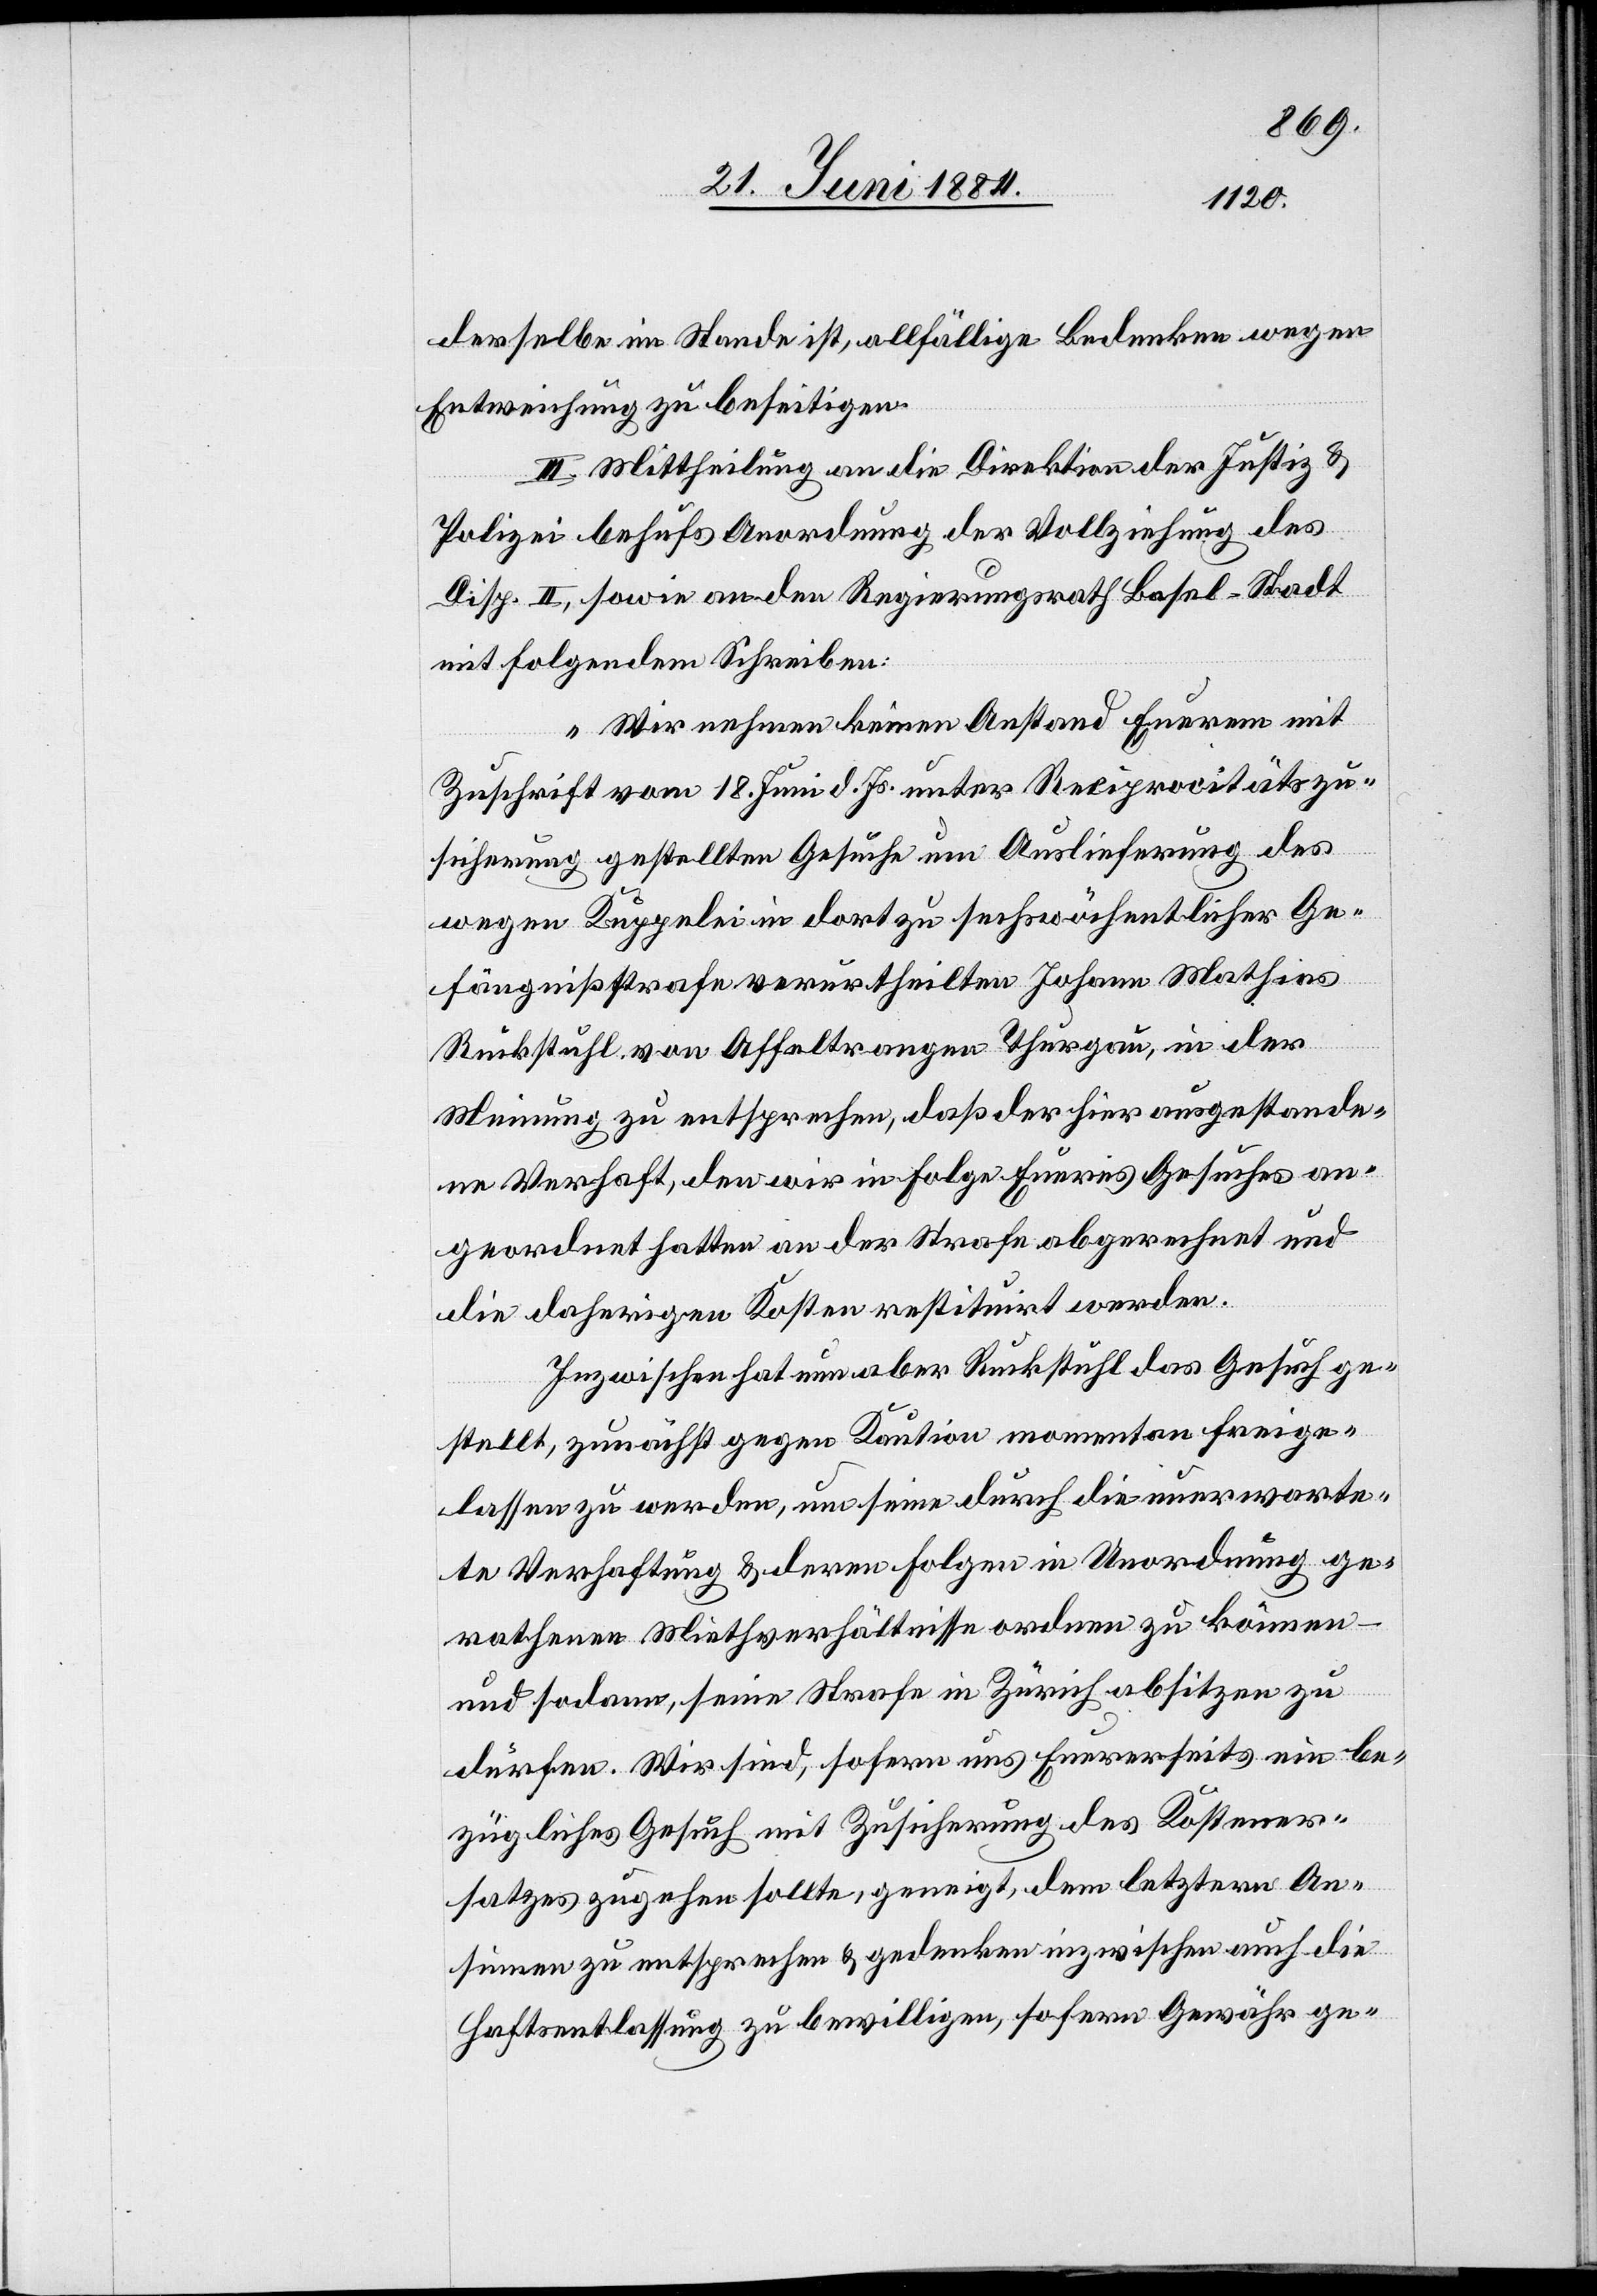
derselbe im Stande ist, allfällige Bedenken wegen
Entweichung zu beseitigen.
III. Mittheilung an die Direktion der Justiz &
Polizei behufs Anordnung der Vollziehung des
Disp. II, sowie an den Regierungsrath Basel-Stadt
mit folgendem Schreiben:
„Wir nehmen keinen Anstand Euerem mit
Zuschrift vom 18. Juni d. Js. unter Reciprocitätszu¬
sicherung gestellten Gesuche um Auslieferung des
wegen Kuppelei in dort zu sechswöchentlicher Ge¬
fängnißstrafe verurtheilten Johann Mathias
Ruckstuhl von Affeltrangen Thurgau, in der
Meinung zu entsprechen, daß der hier ausgestande¬
ne Verhaft, den wir in Folge Eueres Gesuches an¬
geordnet hatten an der Strafe abgerechnet und
die daherigen Kosten restituirt werden.
Inzwischen hat nun aber Ruckstuhl das Gesuch ge¬
stellt, zunächst gegen Kaution momentan freige¬
lassen zu werden, um seine durch die unerwarte¬
te Verhaftung & deren Folgen in Unordnung ge¬
rathenen Miethverhältnisse ordnen zu können
–
und sodann, seine Strafe in Zürich absitzen zu
dürfen. Wir sind, sofern uns Eurerseits ein be¬
zügliches Gesuch mit Zusicherung des Kostener¬
satzes zugehen sollte, geneigt, dem letztern An¬
sinnen zu entsprechen & gedenken inzwischen auch die
Haftsentlassung zu bewilligen, sofern Gewähr ge-